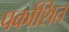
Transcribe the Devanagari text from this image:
पर्काशित